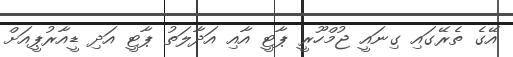
އޭގެ ތެރޭގައި ގިނައީ ޖުމްހޫރީ ޕާޓީ އާއި އަދާލަތު ޕާޓީ އަދި ޑީއާރުޕީއަށް